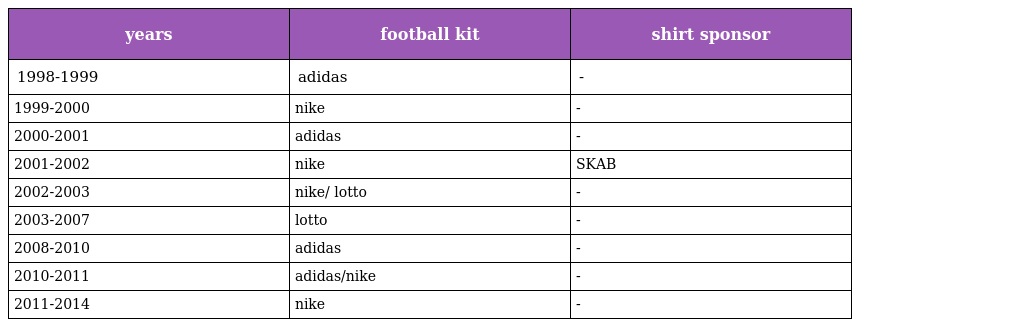
| years | football kit | shirt sponsor |
 | --- | --- | --- |
 | 1998-1999 | adidas | - |
 | 1999-2000 | nike | - |
 | 2000-2001 | adidas | - |
 | 2001-2002 | nike | SKAB |
 | 2002-2003 | nike/ lotto | - |
 | 2003-2007 | lotto | - |
 | 2008-2010 | adidas | - |
 | 2010-2011 | adidas/nike | - |
 | 2011-2014 | nike | - |